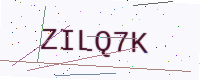
Text: ZILQ7K